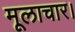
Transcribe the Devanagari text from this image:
मूलाचार।